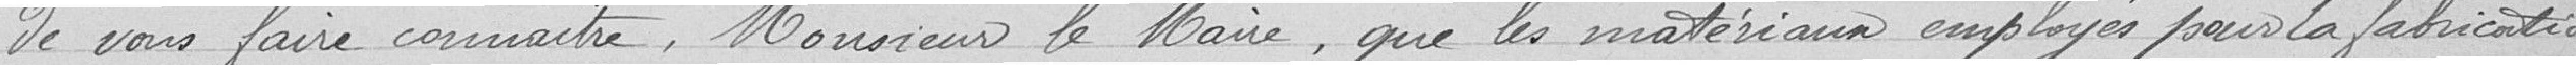
de vous faire connaître, Monsieur le Maire, que les matériaux employés pour la fabrication